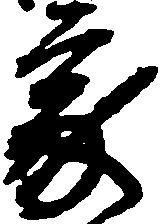
家